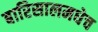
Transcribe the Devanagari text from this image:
बारिसालमधेच